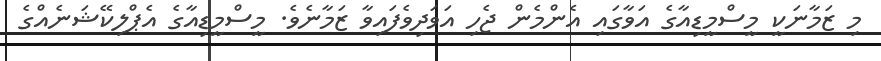
މި ޒަމާނަކީ މީސްމީޑިއާގެ އަވާގައި އެންމެން ޖެހި އަވަދިވެފައިވާ ޒަމާނެވެ. މީސްމީޑިއާގެ އެޕްލިކޭޝަނެއްގެ